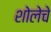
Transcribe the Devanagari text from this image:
शोलेचे